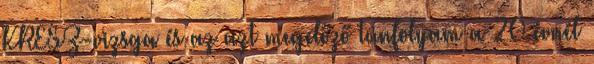
KRESZ-vizsga és az azt megelőző tanfolyam a 20 évnél